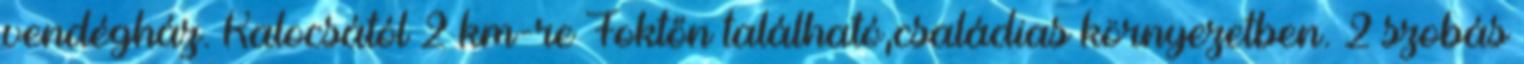
vendégház. Kalocsától 2 km-re Foktőn található,családias környezetben. 2 szobás